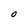
Character: O